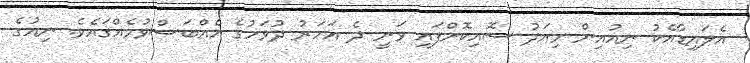
އެލައިޑާއެކު ނިއުއިން މިއަދު ސޮއިކޮށްފައި ވަނީ ދެ އަހަރު ދުވަހުގެ އެއްބަސްވުމެއްގައެވެ. ނިއުގެ